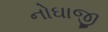
નોઘાજી